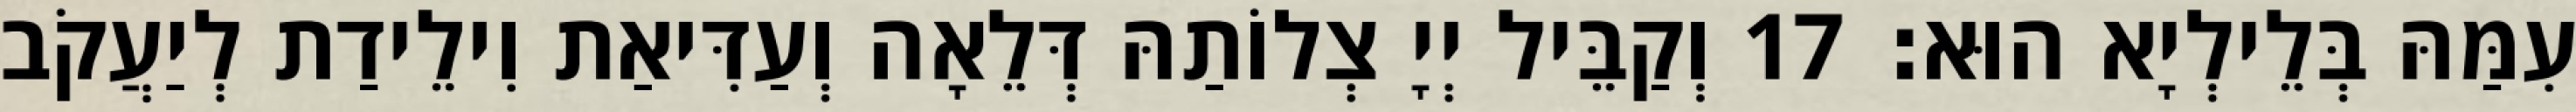
עִמַּהּ בְּלֵילְיָא הוּא׃ 17 וְקַבֵּיל יְיָ צְלוֹתַהּ דְּלֵאָה וְעַדִּיאַת וִילֵידַת לְיַעֲקֹב